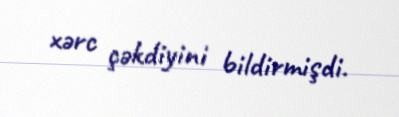
xərc çəkdiyini bildirmişdi.